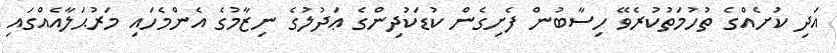
އަދި ކުށެއްގެ ތުހުމަތުކުރެވޭ ހިސާބުން ފެށިގެން ކުޑަކުދިންގެ ޢަދުލުގެ ނިޒާމުގެ އެންމެހައި މަރުޙަލާއެއްގައި